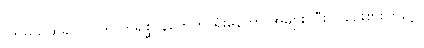
ပြိုင်မယ်ဆိုရင် လူက တိရစ္ဆာန်တွေကို ရှုံးနေတာ အများကြီးပဲ၊ စဉ်းစားကြည့်။